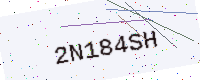
Text: 2N184SH